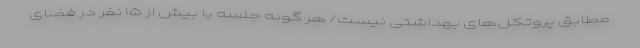
مطابق پروتکل‌های بهداشتی نیست/ هر گونه جلسه با بیش از ۱۵ نفر در فضای